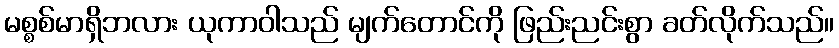
မစ္စစ်မာရှိဘလား ယုကာဝါသည် မျက်တောင်ကို ဖြည်းညင်းစွာ ခတ်လိုက်သည်။